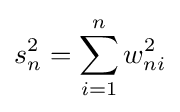
s_{n}^{2}=\sum _{i=1}^{n}w_{ni}^{2}